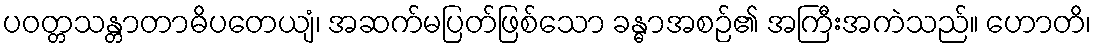
ပဝတ္တသန္တာတာဓိပတေယျံ၊ အဆက်မပြတ်ဖြစ်သော ခန္ဓာအစဉ်၏ အကြီးအကဲသည်။ ဟောတိ၊